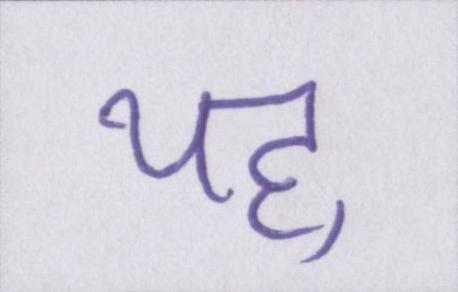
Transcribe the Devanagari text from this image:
यह्